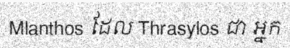
Mlanthos ដែល Thrasylos ជា អ្នក